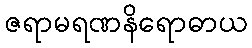
ဇရာမရဏနိရောဓာယ